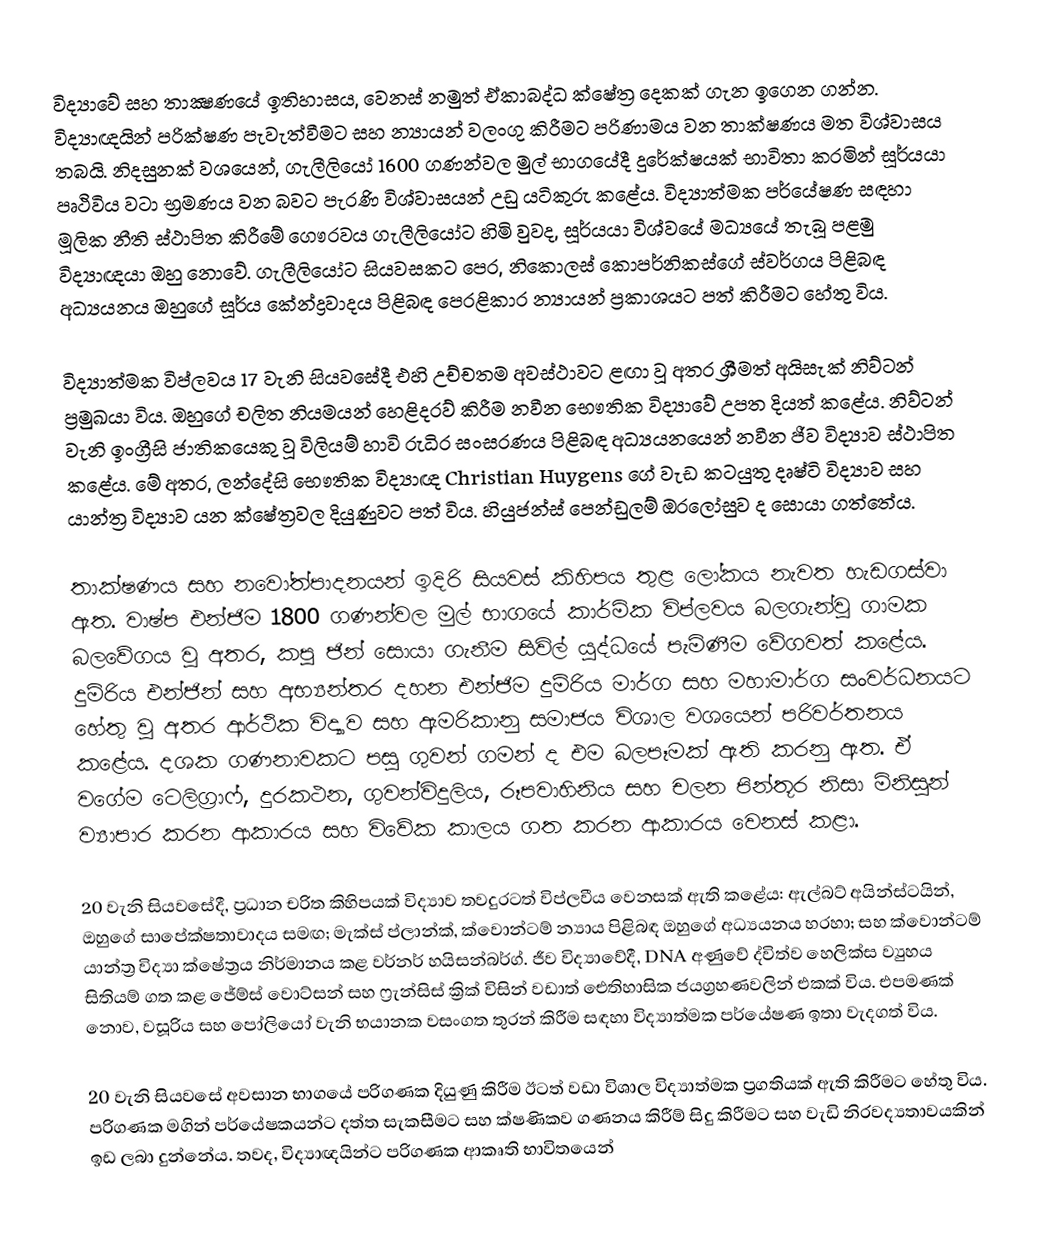
විද්‍යාවේ සහ තාක්‍ෂණයේ ඉතිහාසය, වෙනස් නමුත් ඒකාබද්ධ ක්ෂේත්‍ර දෙකක් ගැන ඉගෙන ගන්න. විද්‍යාඥයින් පරික්ෂණ පැවැත්වීමට සහ න්‍යායන් වලංගු කිරීමට පරිණාමය වන තාක්ෂණය මත විශ්වාසය තබයි. නිදසුනක් වශයෙන්, ගැලීලියෝ 1600 ගණන්වල මුල් භාගයේදී දුරේක්ෂයක් භාවිතා කරමින් සූර්යයා පෘථිවිය වටා භ්‍රමණය වන බවට පැරණි විශ්වාසයන් උඩු යටිකුරු කළේය. විද්‍යාත්මක පර්යේෂණ සඳහා මූලික නීති ස්ථාපිත කිරීමේ ගෞරවය ගැලීලියෝට හිමි වුවද, සූර්යයා විශ්වයේ මධ්‍යයේ තැබූ පළමු විද්‍යාඥයා ඔහු නොවේ. ගැලීලියෝට සියවසකට පෙර, නිකොලස් කොපර්නිකස්ගේ ස්වර්ගය පිළිබඳ අධ්‍යයනය ඔහුගේ සූර්ය කේන්ද්‍රවාදය පිළිබඳ පෙරළිකාර න්‍යායන් ප්‍රකාශයට පත් කිරීමට හේතු විය.

විද්‍යාත්මක විප්ලවය 17 වැනි සියවසේදී එහි උච්චතම අවස්ථාවට ළඟා වූ අතර ශ්‍රීමත් අයිසැක් නිව්ටන් ප්‍රමුඛයා විය. ඔහුගේ චලිත නියමයන් හෙළිදරව් කිරීම නවීන භෞතික විද්‍යාවේ උපත දියත් කළේය. නිව්ටන් වැනි ඉංග්‍රීසි ජාතිකයෙකු වූ විලියම් හාවි රුධිර සංසරණය පිළිබඳ අධ්‍යයනයෙන් නවීන ජීව විද්‍යාව ස්ථාපිත කළේය. මේ අතර, ලන්දේසි භෞතික විද්‍යාඥ Christian Huygens ගේ වැඩ කටයුතු දෘෂ්ටි විද්‍යාව සහ යාන්ත්‍ර විද්‍යාව යන ක්ෂේත්‍රවල දියුණුවට පත් විය. හියුජන්ස් පෙන්ඩුලම් ඔරලෝසුව ද සොයා ගත්තේය.

තාක්ෂණය සහ නවෝත්පාදනයන් ඉදිරි සියවස් කිහිපය තුළ ලෝකය නැවත හැඩගස්වා ඇත. වාෂ්ප එන්ජිම 1800 ගණන්වල මුල් භාගයේ කාර්මික විප්ලවය බලගැන්වූ ගාමක බලවේගය වූ අතර, කපු ජින් සොයා ගැනීම සිවිල් යුද්ධයේ පැමිණීම වේගවත් කළේය. දුම්රිය එන්ජින් සහ අභ්‍යන්තර දහන එන්ජිම දුම්රිය මාර්ග සහ මහාමාර්ග සංවර්ධනයට හේතු වූ අතර ආර්ථික විද්‍යාව සහ ඇමරිකානු සමාජය විශාල වශයෙන් පරිවර්තනය කළේය. දශක ගණනාවකට පසු ගුවන් ගමන් ද එම බලපෑමක් ඇති කරනු ඇත. ඒ වගේම ටෙලිග්‍රාෆ්, දුරකථන, ගුවන්විදුලිය, රූපවාහිනිය සහ චලන පින්තූර නිසා මිනිසුන් ව්‍යාපාර කරන ආකාරය සහ විවේක කාලය ගත කරන ආකාරය වෙනස් කළා.

20 වැනි සියවසේදී, ප්‍රධාන චරිත කිහිපයක් විද්‍යාව තවදුරටත් විප්ලවීය වෙනසක් ඇති කළේය: ඇල්බට් අයින්ස්ටයින්, ඔහුගේ සාපේක්ෂතාවාදය සමඟ; මැක්ස් ප්ලාන්ක්, ක්වොන්ටම් න්‍යාය පිළිබඳ ඔහුගේ අධ්‍යයනය හරහා; සහ ක්වොන්ටම් යාන්ත්‍ර විද්‍යා ක්ෂේත්‍රය නිර්මානය කළ වර්නර් හයිසන්බර්ග්. ජීව විද්‍යාවේදී, DNA අණුවේ ද්විත්ව හෙලික්ස ව්‍යුහය සිතියම් ගත කළ ජේම්ස් වොට්සන් සහ ෆ්‍රැන්සිස් ක්‍රික් විසින් වඩාත් ඓතිහාසික ජයග්‍රහණවලින් එකක් විය. එපමණක් නොව, වසූරිය සහ පෝලියෝ වැනි භයානක වසංගත තුරන් කිරීම සඳහා විද්‍යාත්මක පර්යේෂණ ඉතා වැදගත් විය.

20 වැනි සියවසේ අවසාන භාගයේ පරිගණක දියුණු කිරීම ඊටත් වඩා විශාල විද්‍යාත්මක ප්‍රගතියක් ඇති කිරීමට හේතු විය. පරිගණක මගින් පර්යේෂකයන්ට දත්ත සැකසීමට සහ ක්ෂණිකව ගණනය කිරීම් සිදු කිරීමට සහ වැඩි නිරවද්‍යතාවයකින් ඉඩ ලබා දුන්නේය. තවද, විද්‍යාඥයින්ට පරිගණක ආකෘති භාවිතයෙන්